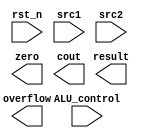
`timescale 1ns/1ps

//////////////////////////////////////////////////////////////////////////////////
// Company:
// Engineer:
//
// Create Date:    
// Design Name:
// Module Name:    alu
// Project Name:
// Target Devices:
// Tool versions:
// Description:
//
// Dependencies:
//
// Revision:
// Revision 0.01 - File Created
// Additional Comments:
//
//////////////////////////////////////////////////////////////////////////////////

module alu(
		    rst_n,         // negative reset            (input)
            src1,          // 32 bits source 1          (input)
            src2,          // 32 bits source 2          (input)
            ALU_control,   // 4 bits ALU control input  (input)
            result,        // 32 bits result            (output)
            zero,          // 1 bit when the output is 0, zero must be set (output)
            cout,          // 1 bit carry out           (output)
            overflow       // 1 bit overflow            (output)
            );

input           rst_n;
input  [32-1:0] src1;
input  [32-1:0] src2;
input   [4-1:0] ALU_control;

output [32-1:0] result;
output          zero;
output          cout;
output          overflow;

reg    [32-1:0] result;
reg             zero;
reg             cout;
reg             overflow;

always@(*) 
begin
	if(!rst_n) begin

	end
	else begin

	end
end

endmodule